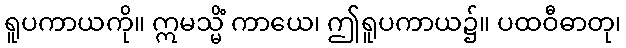
ရူပကာယကို။ ဣမသ္မိံ ကာယေ၊ ဤရူပကာယ၌။ ပထဝီဓာတု၊